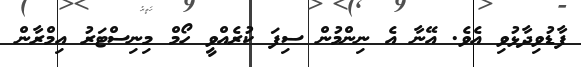
ފާޑުވިދާޅުވި އެވެ. އޭނާ އެ ނިންމުން ސިފަ ކުރެއްވީ ހޯމް މިނިސްޓަރު އިމްރާން